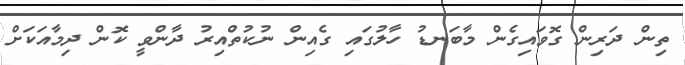
ތިން ދަރިން ގޮވައިގެން މާބަނޑު ހާލުގައި ގެއިން ނުކުތްއިރު ދާންވީ ކޮން ދިމާއަކަށް